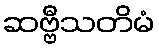
ဆဗ္ဗီသတိမံ